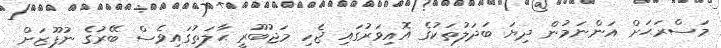
މަސްރަޙަށް އަންނަމުން ދިޔަ ބަދަލުތަކުގެ އޮއިވަރުގައި ޖެހި މަޖުބޫރީ ޙާލަތުގައިވެސް ބޭރުގެ ނުފޫޒަށް